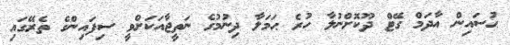
ޙުސައިން އާދަމް ގޭޓް ދޫކޮށްނުލާ ހުރެ ޙަމަލާ ދިނުމުގެ ނަތީޖާއަކަށްވީ ސިފައިންގެ ތެރޭގައި